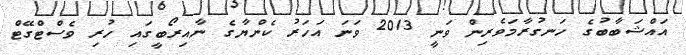
އައްޝަބާބުގެ ހަނގުރާމަވެރިން ވަނީ 2013 ވަނަ އަހަރު ކެންޔާގެ ނާއިރޯބީގައި ހުރި ވެސްޓްގޭޓް